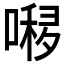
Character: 𱔏